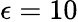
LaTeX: \epsilon=10